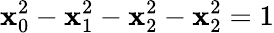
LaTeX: \mathbf{x}_{0}^{2}-\mathbf{x}_{1}^{2}-\mathbf{x}_{2}^{2}-\mathbf{x}_{2}^{2}=1